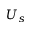
U _ { s }